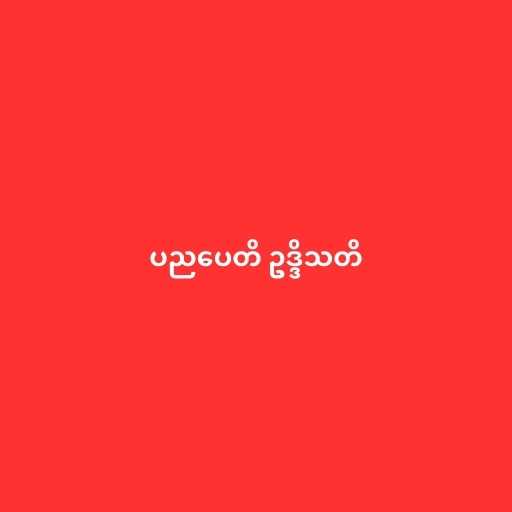
ပညပေတိ ဥဒ္ဒိသတိ